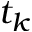
t _ { k }